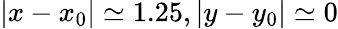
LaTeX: |x-x_{0}|\simeq 1.25,|y-y_{0}|\simeq 0